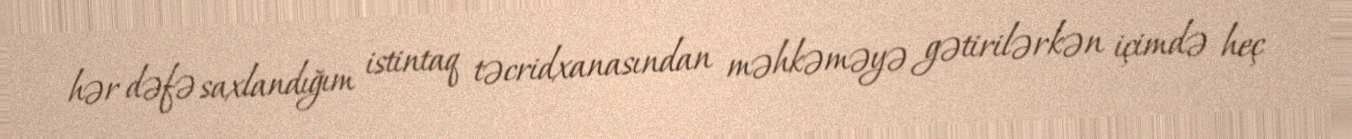
hər dəfə saxlandığım istintaq təcridxanasından məhkəməyə gətirilərkən içimdə heç